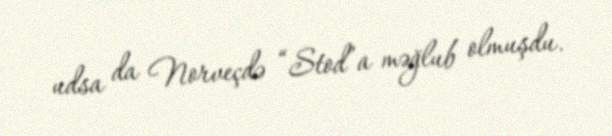
udsa da Norveçdə “Stod”a məğlub olmuşdu.